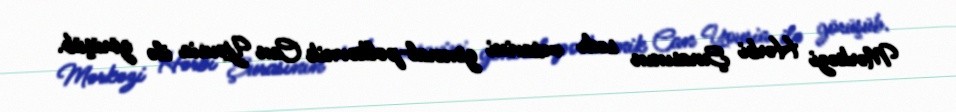
Mərkəzi Hərbi Şurasının sədr müavini general-polkovnik Can Yousia ilə görüşüb.